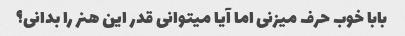
بابا خوب حرف میزنی اما آیا میتوانی قدر این هنر را بدانی؟